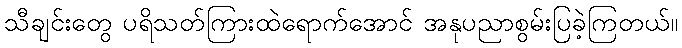
သီချင်းတွေ ပရိသတ်ကြားထဲရောက်အောင် အနုပညာစွမ်းပြခဲ့ကြတယ်။